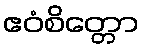
ဧဝံစိတ္တော